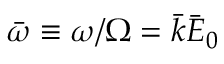
\bar { \omega } \equiv \omega / \Omega = \bar { k } \bar { E } _ { 0 }